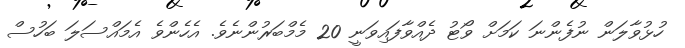
ހުޅުވާލަން ނުފެންނަ ކަމަށް ވޯޓު ދެއްވާފައިވަނީ 20 މެމްބަރުންނެވެ. އެހެންވެ އެމައްސަލަ ބަހުސް